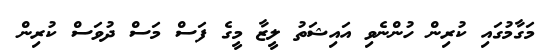
މަގާމުގައި ކުރިން ހުންނެވި އައިޝަތު ލީޒާ މީގެ ފަސް މަސް ދުވަސް ކުރިން